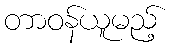
တာဝန်ယူမည့်